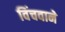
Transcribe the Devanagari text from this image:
विंचवाने